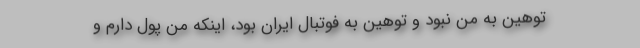
توهین به من نبود و توهین به فوتبال ایران بود، اینکه من پول دارم و